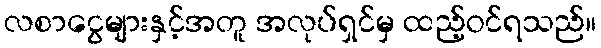
လစာငွေများနှင့်အတူ အလုပ်ရှင်မှ ထည့်ဝင်ရသည်။